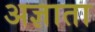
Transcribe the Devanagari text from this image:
अज्ञाता